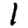
Digit: 1